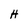
Character: H